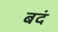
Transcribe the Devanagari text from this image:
बदं